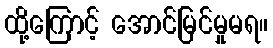
ထို့ကြောင့် အောင်မြင်မှုမရ။